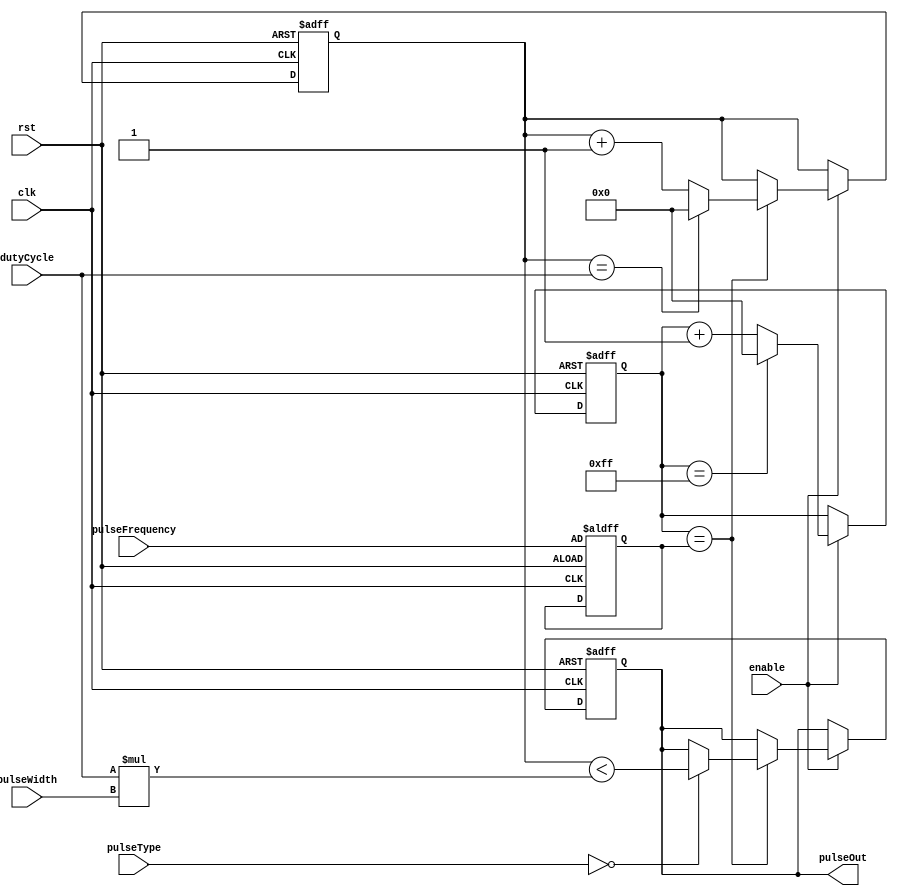
module PulseGenerator (
    input wire clk,
    input wire rst,
    input wire enable,
    input wire [3:0] pulseType,
    input wire [7:0] pulseWidth,
    input wire [7:0] pulseFrequency,
    input wire [7:0] dutyCycle,
    output reg pulseOut
);

reg [7:0] count;
reg [7:0] pulseCount;
reg [7:0] pulseWidthCount;
reg [7:0] pulseFrequencyCount;

always @(posedge clk or posedge rst)
begin
    if (rst)
    begin
        count <= 8'd0;
        pulseCount <= 8'd0;
        pulseWidthCount <= pulseWidth;
        pulseFrequencyCount <= pulseFrequency;
        pulseOut <= 1'b0;
    end
    else if (enable)
    begin
        count <= count + 1;
        
        if (count == pulseFrequencyCount)
        begin
            pulseCount <= pulseCount + 1;
            
            case (pulseType)
                4'b0000: pulseOut <= (pulseCount < (dutyCycle * pulseWidth));
                // Add cases for other pulse types such as triangular, sawtooth, etc.
            endcase
            
            if (pulseCount == dutyCycle)
            begin
                pulseCount <= 8'd0;
                pulseWidthCount <= pulseWidth;
            end
        end

        if (count == 255)
        begin
            count <= 8'd0;
        end
    end
end

endmodule